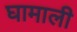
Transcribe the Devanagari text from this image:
घामाली